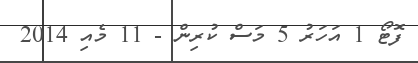
ފޮޓޯ 1 އަހަރު 5 މަސް ކުރިން - 11 މެއި 2014